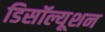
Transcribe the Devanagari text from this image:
डिसॉल्यूशन